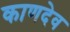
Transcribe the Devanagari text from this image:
काणदेव